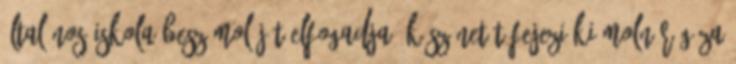
Általános Iskola beszámolóját elfogadja. Köszönetét fejezi ki Molnár Géza